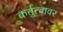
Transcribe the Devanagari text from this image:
कर्तुत्वावर